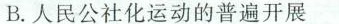
B.人民公社化运动的普遍开展